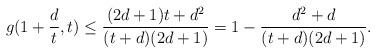
LaTeX: \begin{align*}g(1 + \frac{d}{t},t) \leq \frac{(2d+1)t +d^2}{(t+d)(2d+1)}=1 - \frac{d^2+d}{(t+d)(2d+1)}.\end{align*}